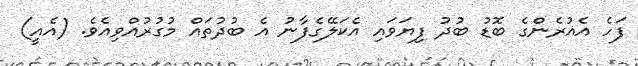
ފަހެ އެއުރެންގެ ބޮޑު ބުދު ފިޔަވައި އެކަލޭގެފާނު އެ ބުދުތައް މުގުރުއްވިއެވެ. (އެއީ)